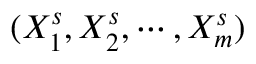
( X _ { 1 } ^ { s } , X _ { 2 } ^ { s } , \cdots , X _ { m } ^ { s } )